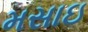
મસાઇ